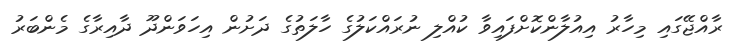
ރާއްޖޭގައި މިހާރު އިއުލާންކޮށްފައިވާ ކުއްލި ނުރައްކަލުގެ ހާލަތުގެ ދަށުން އިހަވަންދޫ ދާއިރާގެ މެންބަރު